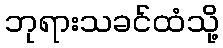
ဘုရားသခင်ထံသို့